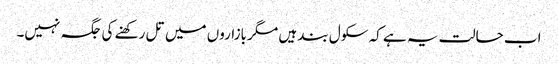
اب حالت یہ ہے کہ سکول بند ہیں مگر بازاروں میں تل رکھنے کی جگہ نہیں۔